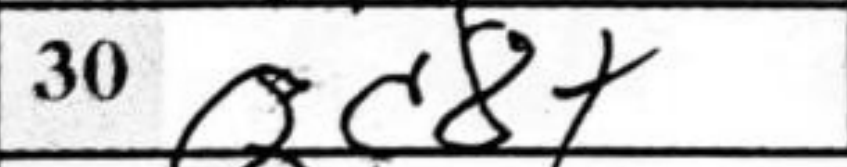
Transcription: Qc8+